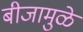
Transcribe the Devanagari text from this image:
बीजामुळे